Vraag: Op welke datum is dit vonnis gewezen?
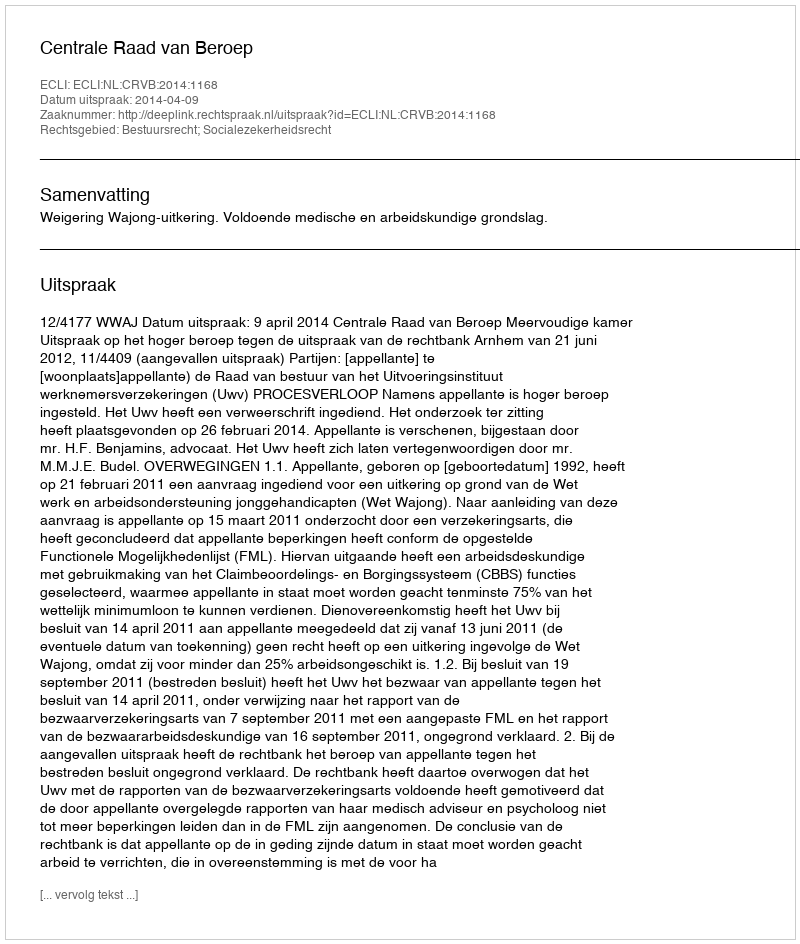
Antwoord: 2014-04-09